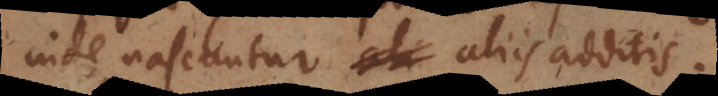
inde nascuntur aliis additis.